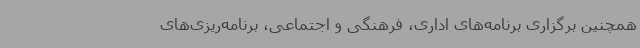
همچنین برگزاری برنامه‌های اداری، فرهنگی و اجتماعی، برنامه‌ریزی‌های